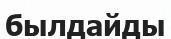
былдайды